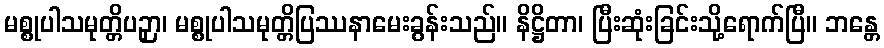
မစ္စုပါသမုတ္တိပဉှာ၊ မစ္စုပါသမုတ္တိပြဿနာမေးခွန်းသည်။ နိဋ္ဌိတာ၊ ပြီးဆုံးခြင်းသို့ရောက်ပြီ။ ဘန္တေ